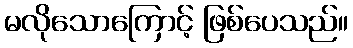
မလိုသောကြောင့် ဖြစ်ပေသည်။